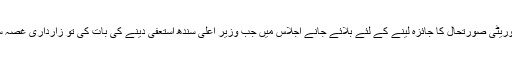
تجزیہ ڈاکٹر شاہد مسعود کے مطابق کراچی کے المناک سانحے کے سیکیوریٹی صورتحال کا جائزہ لینے کے لئے بلائے جانے اجلاس میں جب وزیر اعلیٰ سندھ استعفیٰ دینے کی بات کی تو زارداری غصہ سے اس کی جانب دیکھا اور کہا کہ کس نے تم سے کہا ہے کہ استعفیٰ دو۔